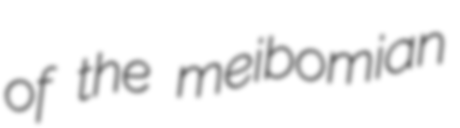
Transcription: of the meibomian